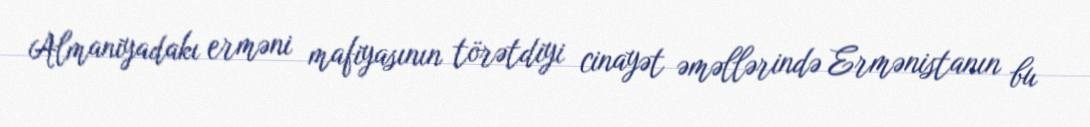
Almaniyadakı erməni mafiyasının törətdiyi cinayət əməllərində Ermənistanın bu